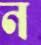
ন